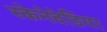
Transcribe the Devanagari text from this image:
स्केनेवेडिया